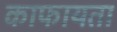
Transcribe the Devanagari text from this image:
काफायता